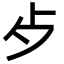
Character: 歺